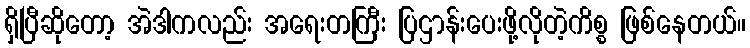
ရှိပြီဆိုတော့ အဲဒါကလည်း အရေးတကြီး ပြဌာန်းပေးဖို့လိုတဲ့ကိစ္စ ဖြစ်နေတယ်။